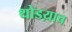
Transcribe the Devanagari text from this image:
थोडय़ाच